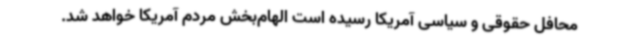
محافل حقوقی و سیاسی آمریکا رسیده است الهام‌بخش مردم آمریکا خواهد شد.